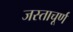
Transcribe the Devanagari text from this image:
जस्ताचूर्ण